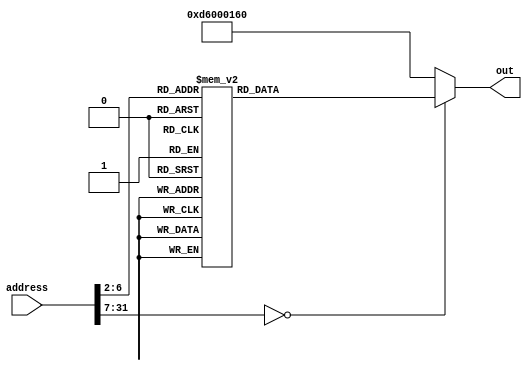
module rom_case(out, address);
	output reg [31:0] out;
	input  [31:0] address; // address- 16 deep memory  
	always @(address) begin
		case (address[31:2])
			16'h0000:  out = 32'b11010010100000000000000000100001; // MOVZ X1, 1
			16'h0001:  out = 32'b11010010100000000000000001000010; // MOVZ X2, 2
			16'h0002:  out = 32'b10001011000000100000000000100100; // ADD X4, X1, X2
			16'h0003:  out = 32'b11111000000000010000001111100100; // STUR X4, [XZR, 16]
			16'h0004:  out = 32'b11111000010000010000001111100101; // LDUR X5, [XZR, 16]
			16'h0005:  out = 32'b10010100000000000000000000001010; // BL 10
			16'h0006:  out = 32'b10110101000000000000000000100010; // CBNZ X2, 1
			16'h0007:  out = 32'b00010100000000000000000000000001; // B 1
			16'h0008:  out = 32'b00010111111111111111111111111001; // B -7
			16'h0009:  out = 32'b10110100000000000000000001100001; // CBZ X1, 3
			16'h000a:  out = 32'b11101011000000100000000000111111; // SUBS XZR, X1, X2
			16'h000b:  out = 32'b01010100000000000000000000100011; // B.LO 1
			16'h000c:  out = 32'b11111000000000001000001111100001; // STUR X1, [XZR, 8]
			16'h000d:  out = 32'b11111000010000001000001111100110; // LDUR X6, [XZR, 8]
			16'h000e:  out = 32'b11010010000000000000010011100111; // EORI X7, X7, 1
			16'h000f:  out = 32'b00010111111111111111111111111110; // B -2
			16'h0010:  out = 32'b10010001000000000000100000100001; // ADDI X1, X1, 2
			16'h0011:  out = 32'b11010001000000000000010001000010; // SUBI X2, X2, 1
			16'h0012:  out = 32'b11010110000000000000001111000000; // BR X30
			default: out=32'b11010110000000000000000101100000; //BR X11
		endcase
	end
endmodule


/*
// Overclock (Nice!) Test
			// use X8 as the base address of RAM (default is 0x00000000)
			// For example if RAM is at 0x80000000 then change the following two instructions to:
			// MOVZ X8, 8 (put 8 in X8)
			// LSL X8, X8, 28 (shift it 28 times to get 0x80000000)
			16'h0000:  out = 32'b11010010100_0000000000000000_01000; // MOVZ X8, 0
			16'h0001:  out = 32'b1101001101100000_000000_0100001000; // LSL X8, X8, 0
			// use X11 as the base address of ROM (default is 0x00008000)
			16'h0002:  out = 32'b11010010100_0000000000001000_01011; // MOVZ X11, 8
			16'h0003:  out = 32'b1101001101100000_001100_0101101011; // LSL X11, X11, 12
			// X7 will hold the delay amount
			16'h0004:  out = 32'b11010010100000000000000000100111; // MOVZ X7, 1
			// change the shift amount to change the delay
			// if using a testbench to debug then change the shift amount to 1
			16'h0005:  out = 32'b11010011011000000110000011100111; // LSL X7, X7, 24
			16'h0006:  out = 32'b11111000000000110000000100000111; // STUR X7, [X8, 48]
			16'h0007:  out = 32'b11010001000001100101011111100000; // SUBI X0, XZR, 405
			16'h0008:  out = 32'b11010001000100000000001111100101; // SUBI X5, XZR, 1024
			16'h0009:  out = 32'b10110010000001000110011111100010; // ORRI X2, XZR, 281
			16'h000a:  out = 32'b10001011000001010000000001000010; // ADD X2, X2, X5
			16'h000b:  out = 32'b10001011000001010000000000000000; // ADD X0, X0, X5
			16'h000c:  out = 32'b10001011000001010000000010100101; // ADD X5, X5, X5
			16'h000d:  out = 32'b10001011000000100000000010100010; // ADD X2, X5, X2
			16'h000e:  out = 32'b11010011011000000000010010100101; // LSL X5, X5, 1
			16'h000f:  out = 32'b10001011000001010000000000000000; // ADD X0, X0, X5
			16'h0010:  out = 32'b11010011011000000000010010100101; // LSL X5, X5, 1
			16'h0011:  out = 32'b10001011000001010000000001000010; // ADD X2, X2, X5
			16'h0012:  out = 32'b11001011000001010000001111100101; // SUB X5, XZR, X5
			16'h0013:  out = 32'b10001011000000100000000000000000; // ADD X0, X0, X2
			16'h0014:  out = 32'b10001011000000100000000000000000; // ADD X0, X0, X2
			16'h0015:  out = 32'b11111000000000011000000100000000; // STUR X0, [X8, 24]
			16'h0016:  out = 32'b11111000000000100000000100000010; // STUR X2, [X8, 32]
			16'h0017:  out = 32'b11111000000000101000000100000101; // STUR X5, [X8, 40]
			16'h0018:  out = 32'b10010001000000000000001111100000; // ADDI X0, XZR, 0
			16'h0019:  out = 32'b10010010000000000000001111100001; // ANDI X1, XZR, 0
			16'h001a:  out = 32'b11010010000000000000001111100010; // EORI X2, XZR, 0
			16'h001b:  out = 32'b10110010000000000000001111100011; // ORRI X3, XZR, 0
			16'h001c:  out = 32'b10101010000111110000001111100100; // ORR X4, X31, X31
			16'h001d:  out = 32'b10001010000111110000001111100101; // AND X5, X31, X31
			16'h001e:  out = 32'b10001010000111110000001111100110; // AND X6, X31, X31
			16'h001f:  out = 32'b11111000010000110000000100000111; // LDUR X7, [X8, 48]
			16'h0020:  out = 32'b11010001000000000000010011100111; // SUBI X7, X7, 1
			16'h0021:  out = 32'b10110101111111111111111111000111; // CBNZ X7, -2
			16'h0022:  out = 32'b11010010100111111111111111100000; // MOVZ X0, 65535
			16'h0023:  out = 32'b11010001000000000000011111100001; // SUBI X1, XZR, 1
			16'h0024:  out = 32'b11010010100111111111111111100010; // MOVZ X2, 65535
			16'h0025:  out = 32'b11010001000000000000011111100011; // SUBI X3, XZR, 1
			16'h0026:  out = 32'b11010010100111111111111111100100; // MOVZ X4, 65535
			16'h0027:  out = 32'b11010001000000000000011111100101; // SUBI X5, XZR, 1
			16'h0028:  out = 32'b11010001000000000000011111100110; // SUBI X6, XZR, 1
			16'h0029:  out = 32'b11111000010000110000000100000111; // LDUR X7, [X8, 48]
			16'h002a:  out = 32'b11010001000000000000010011100111; // SUBI X7, X7, 1
			16'h002b:  out = 32'b10110101111111111111111111000111; // CBNZ X7, -2
			16'h002c:  out = 32'b11111000010000011000000100000100; // LDUR X4, [X8, 24]
			16'h002d:  out = 32'b11111000010000100000000100000010; // LDUR X2, [X8, 32]
			16'h002e:  out = 32'b11111000010000101000000100000101; // LDUR X5, [X8, 40]
			16'h002f:  out = 32'b10010001000000000000000001000011; // ADDI X3, X2, 0
			16'h0030:  out = 32'b10110010000000010000000001100011; // ORRI X3, X3, 64
			16'h0031:  out = 32'b11010010100000000000000100000111; // MOVZ X7, 8
			16'h0032:  out = 32'b11001011000001110000000001100011; // SUB X3, X3, X7
			16'h0033:  out = 32'b11010010100000000000000000100111; // MOVZ X7, 1
			16'h0034:  out = 32'b11001010000001110000000001100001; // EOR X1, X3, X7
			16'h0035:  out = 32'b11001011000001010000000000100001; // SUB X1, X1, X5
			16'h0036:  out = 32'b10110010000000000000000010000000; // ORRI X0, X4, 0
			16'h0037:  out = 32'b11010010100000000000000000000101; // MOVZ X5, 0
			16'h0038:  out = 32'b11010010100000000000000000000110; // MOVZ X6, 0
			16'h0039:  out = 32'b11111000010000110000000100000111; // LDUR X7, [X8, 48]
			16'h003a:  out = 32'b11010001000000000000010011100111; // SUBI X7, X7, 1
			16'h003b:  out = 32'b10110101111111111111111111000111; // CBNZ X7, -2
			16'h003c:  out = 32'b11010110000000000000000101100000; // BR X11
			default: out=32'b11010110000000000000000101100000; //BR X11
*/

/*			ECE
			16'h0000:  out = 32'b11010010100111110011101111100000; // MOVZ X0, 63967
			16'h0001:  out = 32'b11010010100000000000000000101010; // MOVZ X10, 1
			16'h0002:  out = 32'b11010011011000000010100101001010; // LSL X10, X10, 10
			16'h0003:  out = 32'b11111000000000000000000101000000; // STUR X0, [X10, 0]																		 // 
			16'h0004:  out = 32'b11010010100100000100001000000001; // MOVZ X1, 33296
			16'h0005:  out = 32'b11010010100000000000000000101011; // MOVZ X11, 1
			16'h0006:  out = 32'b11010011011000000010110101101011; // LSL X11, X11, 11
			16'h0007:  out = 32'b11111000000000000000000101100001; // STUR X1, [X11, 0]
			16'h0008:  out = 32'b11010010100100000100001000000010; // MOVZ X2, 33296
			16'h0009:  out = 32'b11010010100000000000000000101100; // MOVZ X12, 1
			16'h000a:  out = 32'b11010011011000000011000110001100; // LSL X12, X12, 12
			16'h000b:  out = 32'b11111000000000000000000110000010; // STUR X2, [X12, 0]
			16'h000c:  out = 32'b11010010100100000100001000000011; // MOVZ X3, 33296
			16'h000d:  out = 32'b11010010100000000000000000101101; // MOVZ X13, 1
			16'h000e:  out = 32'b11010011011000000011010110101101; // LSL X13, X13, 13
			16'h000f:  out = 32'b11111000000000000000000110100011; // STUR X3, [X13, 0]
			16'h0010:  out = 32'b11010010100111100100001111000100; // MOVZ X4, 61982
			16'h0011:  out = 32'b11010010100000000000000000101110; // MOVZ X14, 1
			16'h0012:  out = 32'b11010011011000000011100111001110; // LSL X14, X14, 14
			16'h0013:  out = 32'b11111000000000000000000111000100; // STUR X4, [X14, 0]
			16'h0014:  out = 32'b11010010100100000100001000000101; // MOVZ X5, 33296
			16'h0015:  out = 32'b11010010100000000000000000101111; // MOVZ X15, 1
			16'h0016:  out = 32'b11010011011000000011110111101111; // LSL X15, X15, 15
			16'h0017:  out = 32'b11111000000000000000000111100101; // STUR X5, [X15, 0]
			16'h0018:  out = 32'b11010010100100000100001000000110; // MOVZ X6, 33296
			16'h0019:  out = 32'b11010010100000000000000000110000; // MOVZ X16, 1
			16'h001a:  out = 32'b11010011011000000100001000010000; // LSL X16, X16, 16
			16'h001b:  out = 32'b11111000000000000000001000000110; // STUR X6, [X16, 0]
			16'h001c:  out = 32'b11010010100111110011101111100111; // MOVZ X7, 63967
			16'h001d:  out = 32'b11010010100000000000000000110001; // MOVZ X17, 1
			16'h001e:  out = 32'b11010011011000000100011000110001; // LSL X17, X17, 17
			16'h001f:  out = 32'b11111000000000000000001000100111; // STUR X7, [X17, 0]
*/

/*
			16'h0000:  out = 32'b11010010100111110010000111000000; // MOVZ X0, 63758
			16'h0001:  out = 32'b11010010100000000000000000101010; // MOVZ X10, 1
			16'h0002:  out = 32'b11010011011000000010100101001010; // LSL X10, X10, 10
			16'h0003:  out = 32'b11010010100001000010001000100001; // MOVZ X1, 8465
			16'h0004:  out = 32'b11010010100000000000000000101011; // MOVZ X11, 1
			16'h0005:  out = 32'b11010011011000000010110101101011; // LSL X11, X11, 11
			16'h0006:  out = 32'b11010010100001000101001000100010; // MOVZ X2, 8849
			16'h0007:  out = 32'b11010010100000000000000000101100; // MOVZ X12, 1
			16'h0008:  out = 32'b11010011011000000011000110001100; // LSL X12, X12, 12
			16'h0009:  out = 32'b11010010100001001000101000100011; // MOVZ X3, 9297
			16'h000a:  out = 32'b11010010100000000000000000101101; // MOVZ X13, 1
			16'h000b:  out = 32'b11010011011000000011010110101101; // LSL X13, X13, 13
			16'h000c:  out = 32'b11010010100001010000011000100100; // MOVZ X4, 10289
			16'h000d:  out = 32'b11010010100000000000000000101110; // MOVZ X14, 1
			16'h000e:  out = 32'b11010011011000000011100111001110; // LSL X14, X14, 14
			16'h000f:  out = 32'b11010010100001010010011000100101; // MOVZ X5, 10545
			16'h0010:  out = 32'b11010010100000000000000000101111; // MOVZ X15, 1
			16'h0011:  out = 32'b11010011011000000011110111101111; // LSL X15, X15, 15
			16'h0012:  out = 32'b11010010100001001101101000100110; // MOVZ X6, 9937
			16'h0013:  out = 32'b11010010100000000000000000110000; // MOVZ X16, 1
			16'h0014:  out = 32'b11010011011000000100001000010000; // LSL X16, X16, 16
			16'h0015:  out = 32'b11010010100111110000001000100111; // MOVZ X7, 63505
			16'h0016:  out = 32'b11010010100000000000000000110001; // MOVZ X17, 1
			16'h0017:  out = 32'b11010011011000000100011000110001; // LSL X17, X17, 17
*/